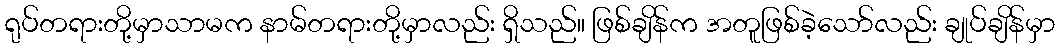
ရုပ်တရားတို့မှာသာမက နာမ်တရားတို့မှာလည်း ရှိသည်။ ဖြစ်ချိန်က အတူဖြစ်ခဲ့သော်လည်း ချုပ်ချိန်မှာ